Plague in India, 1896, 1897 - Volume 3
Year: 1896
Disease focus: Plague
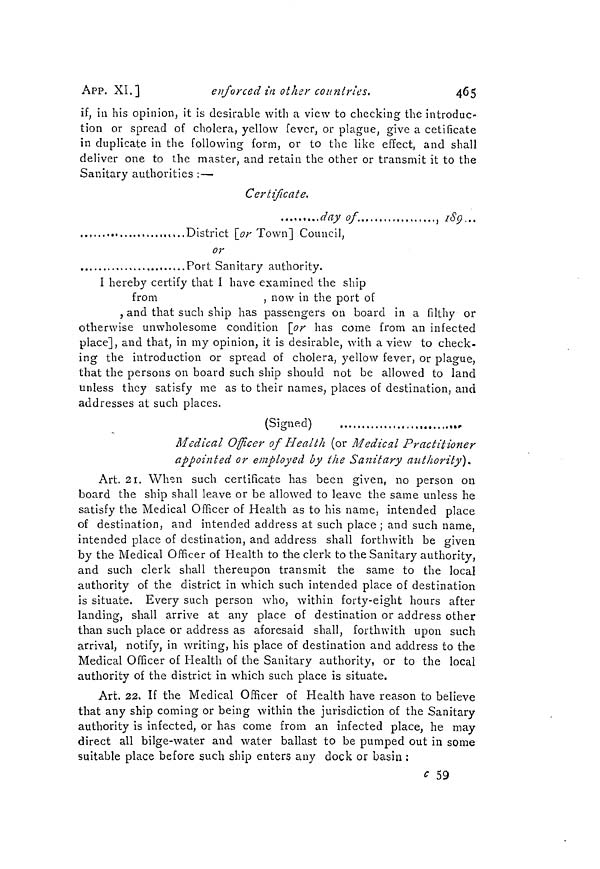
465
APP. XL]
enforced in other countries.
if, in his opinion, it is desirable with a view to checking the introduc-
tion or spread of cholera, yellow fever, or plague, give a cetificate
in duplicate in the following form, or to the like effect, and shall
deliver one to the master, and retain the other or transmit it to the
Sanitary authorities : —
Certificate.
, t ..day of.
, 189..
,.,
,,..District [or Town] Council,
or
Port Sanitary authority.
I hereby certify that I have examined the ship
from
, now in the port of
, and that such ship has passengers on board in a filthy or
otherwise unwholesome condition [or has come from an infected
place], and that, in my opinion, it is desirable, with a view to check-
ing the introduction or spread of cholera, yellow fever, or plague,
that the persons on board such ship should not be allowed to land
unless they satisfy me as to their names, places of destination, and
addresses at such places.
(Signed)
Medical Officer of Health (or Medical Practitioner
appointed or employed by the Sanitary authority).
Art. 21. When such certificate has been given, no person on
board the ship shall leave or be allowed to leave the same unless he
satisfy the Medical Officer of Health as to his name, intended place
of destination, and intended address at such place ; and such name,
intended place of destination, and address shall forthwith be given
by the Medical Officer of Health to the clerk to the Sanitary authority,
and such clerk shall thereupon transmit the same to the local
authority of the district in which such intended place of destination
is situate. Every such person who, within forty-eight hours after
landing, shall arrive at any place of destination or address other
than such place or address as aforesaid shall, forthwith upon such
arrival, notify, in writing, his place of destination and address to the
Medical Officer of Health of the Sanitary authority, or to the local
authority of the district in which such place is situate.
Art. 22. If the Medical Officer of Health have reason to believe
that any ship coming or being within the jurisdiction of the Sanitary
authority is infected, or has come from an infected place, he may
direct all bilge-water and water ballast to be pumped out in some
suitable place before such ship enters any dock or basin :
c 59